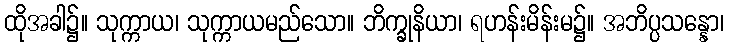
ထိုအခါ၌။ သုက္ကာယ၊ သုက္ကာယမည်သော။ ဘိက္ခုနိယာ၊ ရဟန်းမိန်းမ၌။ အဘိပ္ပသန္နော၊